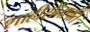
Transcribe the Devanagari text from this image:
शाहीसेनापति